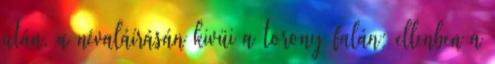
után, a névaláírásán kivüi a torony falán; ellenben a